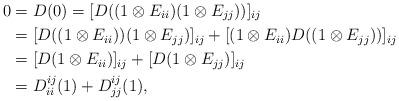
LaTeX: \begin{align*}0&= D(0)=[D((1\otimes E_{ii})(1\otimes E_{jj}))]_{ij}\\&=[D((1\otimes E_{ii}))(1\otimes E_{jj})]_{ij}+[(1\otimes E_{ii})D((1\otimes E_{jj}))]_{ij}\\&=[D(1\otimes E_{ii})]_{ij}+[D(1\otimes E_{jj})]_{ij}\\&=D^{ij}_{ii}(1)+D^{ij}_{jj}(1),\end{align*}